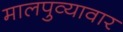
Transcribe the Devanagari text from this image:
मालपुव्यावार